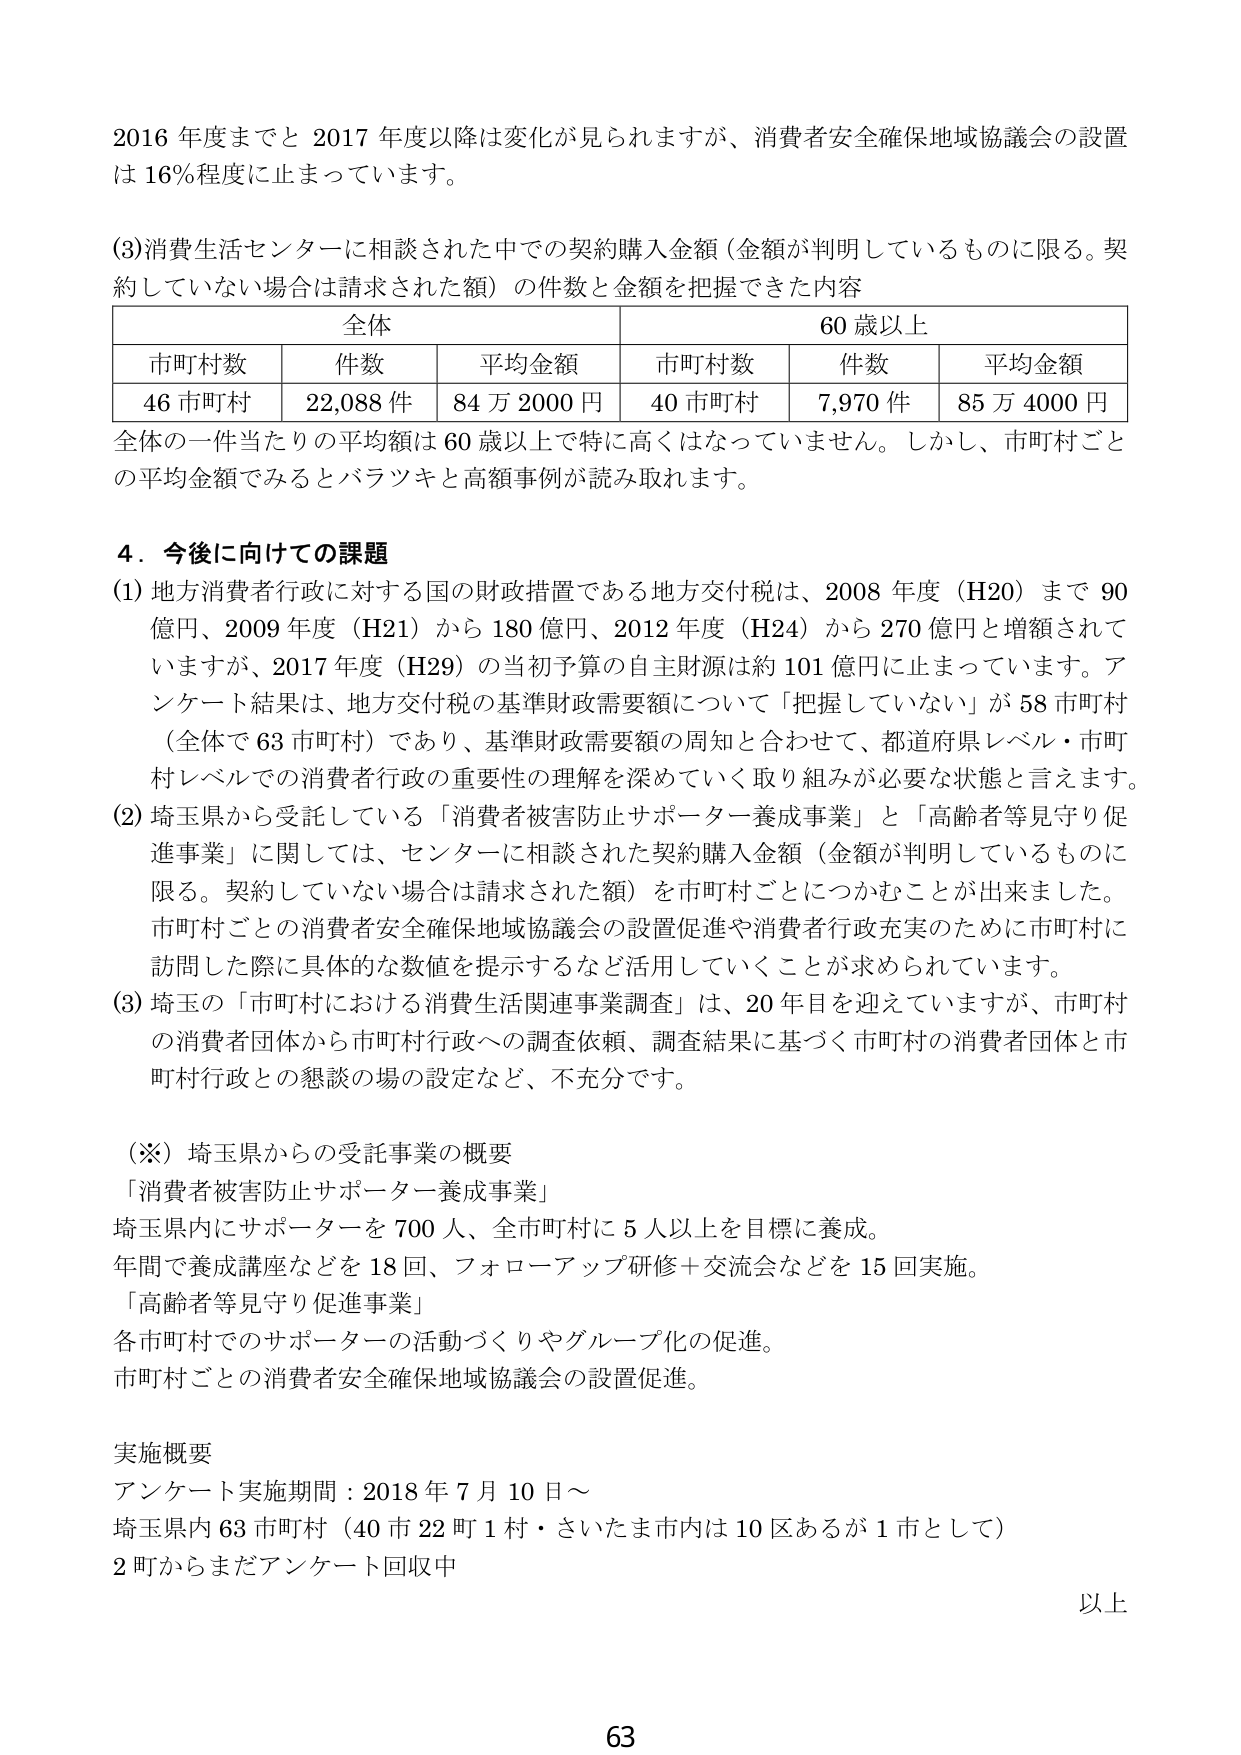
2016 年度までと 2017 年度以降は変化が見られますが、消費者安全確保地域協議会の設置は 16％程度に止まっています。

(3)消費生活センターに相談された中での契約購入金額（金額が判明しているものに限る。契約していない場合は請求された額）の件数と金額を把握できた内容

| 全体 | 60 歳以上 |
|------|-----------|
| 市町村数 | 件数 | 平均金額 | 市町村数 | 件数 | 平均金額 |
| 46 市町村 | 22,088 件 | 84 万 2000 円 | 40 市町村 | 7,970 件 | 85 万 4000 円 |

全体の一一件当たりの平均額は 60 歳以上で特に高くはなっていません。しかし、市町村ごとの平均金額でみるとバラツキと高額事例が読み取れます。

4．今後に向けての課題

(1) 地方消費者行政に対する国の財政措置である地方交付税は、2008 年度（H20）まで 90 億円、2009 年度（H21）から 180 億円、2012 年度（H24）から 270 億円と増額されていますが、2017 年度（H29）の当初予算の自主財源は約 101 億円に止まっています。アンケート結果は、地方交付税の基準財政需要額について「把握していない」が 58 市町村（全体で 63 市町村）であり、基準財政需要額の周知と合わせて、都道府県レベル・市町村レベルでの消費者行政の重要性の理解を深めていく取り組みが必要な状態と言えます。

(2) 埼玉県から受託している「消費者被害防止サポーター養成事業」と「高齢者等見守り促進事業」に関しては、センターに相談された契約購入金額（金額が判明しているものに限る。契約していない場合は請求された額）を市町村ごとにつかむことが出来ました。市町村ごとの消費者安全確保地域協議会の設置促進や消費者行政充実のために市町村に訪問した際に具体的な数値を提示するなど活用していくことが求められています。

(3) 埼玉の「市町村における消費生活関連事業調査」は、20 年目を迎えていますが、市町村の消費者団体から市町村行政への調査依頼、調査結果に基づく市町村の消費者団体と市町村行政との懇談の場の設定など、不充分です。

(※) 埼玉県からの受託事業の概要
「消費者被害防止サポーター養成事業」
埼玉県内にサポーターを 700 人、全市町村に 5 人以上を目標に養成。
年間で養成講座などを 18 回、フォローアップ研修＋交流会などを 15 回実施。
「高齢者等見守り促進事業」
各市町村でのサポーターの活動づくりやグループ化の促進。
市町村ごとの消費者安全確保地域協議会の設置促進。

実施概要
アンケート実施期間：2018 年 7 月 10 日～
埼玉県内 63 市町村（40 市 22 町 1 村・さいたま市内は 10 区あるが 1 市として）
2 町からまだアンケート回収中

以上

63